Subject: eess
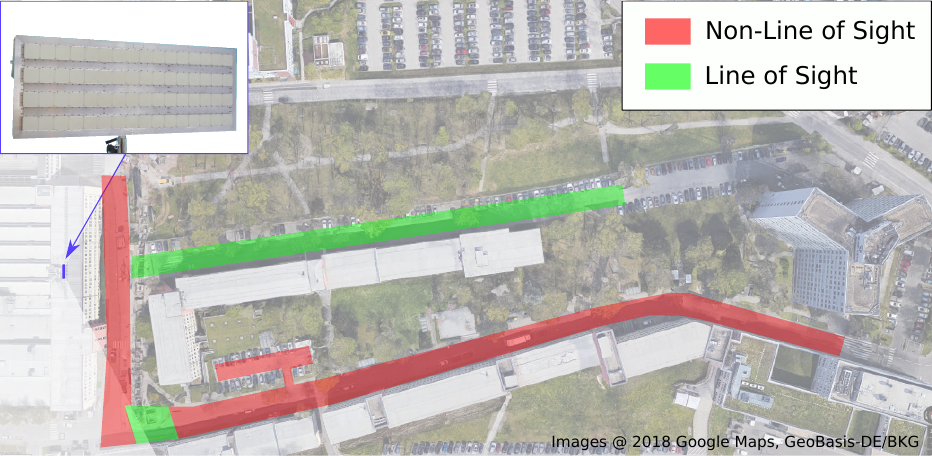
LaTeX code:
    \begin{tikzpicture}
        \draw (0,0) node[below right] {\includegraphics[width=0.975\columnwidth]{6036_fcell_map.jpg}};
        \draw (0,0) node[below right] {\includegraphics[width=0.975\columnwidth]{6037_fcell_nlos_los.pdf}};
    \end{tikzpicture}